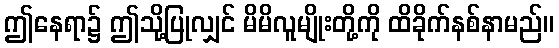
ဤနေရာ၌ ဤသို့ပြုလျှင် မိမိလူမျိုးတို့ကို ထိခိုက်နစ်နာမည်။